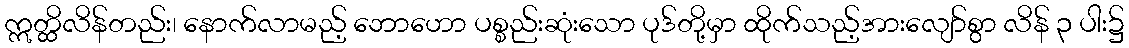
ဣတ္ထိလိန်တည်း၊ နောက်လာမည့် ဘောဟော ပစ္စည်းဆုံးသော ပုဒ်တို့မှာ ထိုက်သည့်အားလျော်စွာ လိန် ၃ ပါး၌